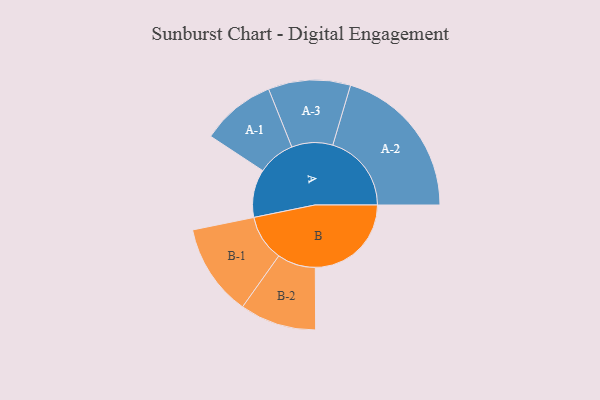
{"axis": {"x": "Segment", "y": "Value"}, "legend": ["", "A", "B"], "data": [{"x": "A", "y": 152, "type": ""}, {"x": "B", "y": 304, "type": ""}, {"x": "A-1", "y": 118, "type": "A"}, {"x": "A-2", "y": 249, "type": "A"}, {"x": "A-3", "y": 130, "type": "A"}, {"x": "B-1", "y": 146, "type": "B"}, {"x": "B-2", "y": 121, "type": "B"}]}